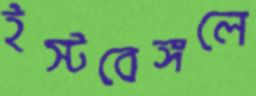
ইস্টবেঙ্গলে